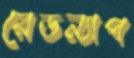
রেডন্যাপ